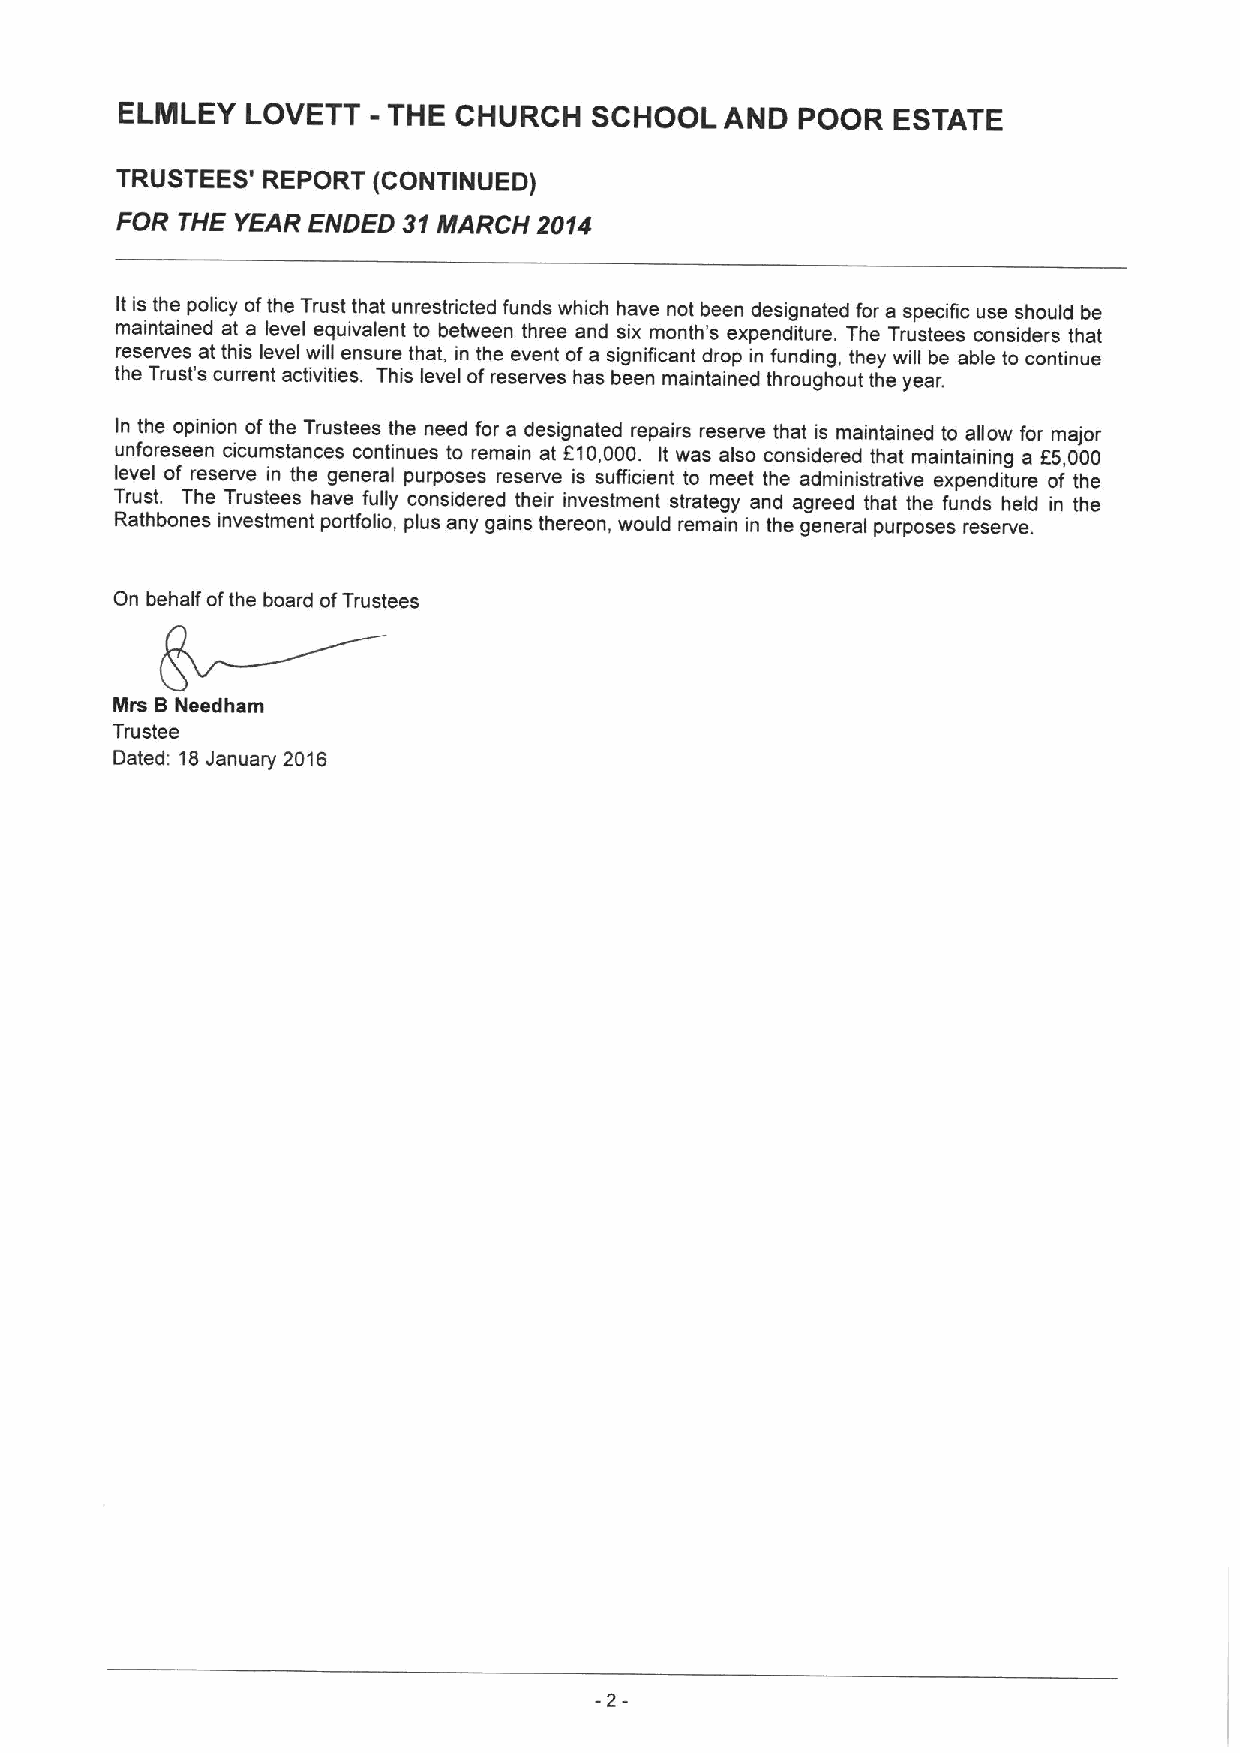
-
 ELMLEY  LOVETT    THE CHURCH   SCHOOL   AND  POOR  ESTATE
 TRUSTEES' REPORT (CONTINUED)
 FOR THE YEAR ENDED 31MARCH  2014
 It is the policy ofthe Trust that unrestricted funds which have not been designated for a specific use should be
 maintained at a level equivalent to between three and six month's expenditure. The Trustees considers that
 reserves at this level will ensure that, in the event ofa significant drop in funding, they will be able to continue
 the Trust's current activities. This level ofreserves has been maintained throughout the year.
 In the opinion ofthe Trustees the need for a designated repairs reserve that is maintained to allow for major
 unforeseen cicumstances continues to remain at 610,000. It was also considered that maintaining a f5,000
 level of reserve in the general purposes reserve is sufficient to meet the administrative expenditure of the
 Trust. The Trustees have fully considered their investment strategy and agreed that the funds held in the
 Rathbones investment portfolio, plus any gains thereon, would remain in the general purposes reserve.
 On behalf ofthe board ofTrustees
 Mra BNeedham
 Trustee
 Dated: 18January 2016